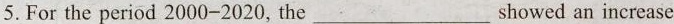
5.For the period 2000-2020, the___showed an increase